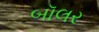
બૉલર